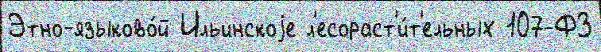
Этно-языково́й Ильинскоjе л'есораст'и́т'ельных 107-ФЗ